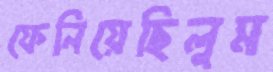
ফেনিয়েছিলুম